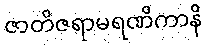
ဇာတိဇရာမရဏိကာနိ